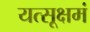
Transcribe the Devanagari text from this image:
यत्सूक्षमं